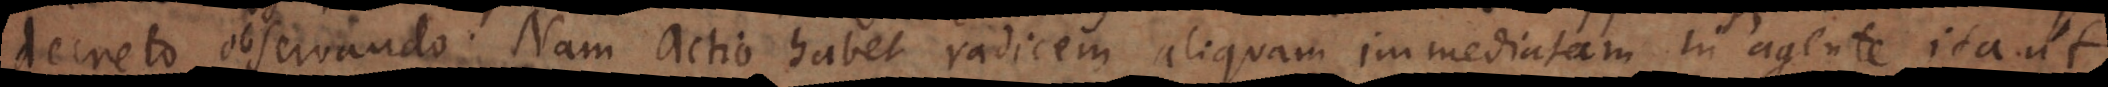
decreto observando. Nam actio habet radicem aliquam immediatam in agente, ita ut